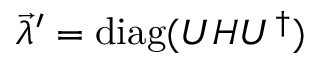
\vec { \lambda } ^ { \prime } = \mathrm { d i a g } ( U H U ^ { \dagger } )